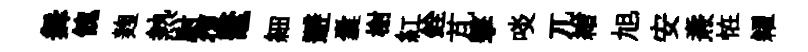
舞餽麹熱尉復鼇細避囊榭紅銓芃擊啖兀繒旭安燾恠糴